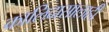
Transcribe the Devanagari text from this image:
कालिदासालाही